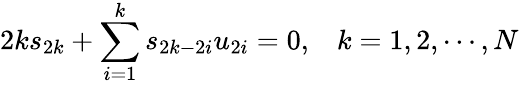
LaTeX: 2ks_{2k}+\sum_{i=1}^{k}s_{2k-2i}u_{2i}=0,\; \; \; k=1,2,\cdots,N